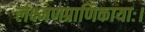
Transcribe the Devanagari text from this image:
लक्ष्मणप्राणिकायाः।